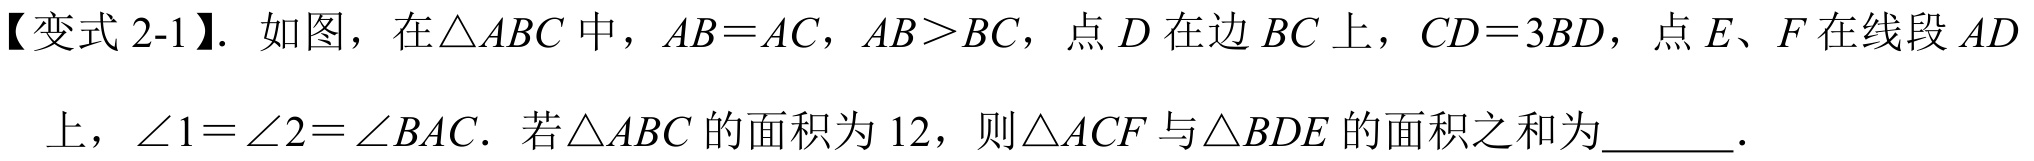
【变式 2-1】. 如图，在$\triangle ABC$中，$AB = AC$，$AB>BC$，点$D$在边$BC$上，$CD = 3BD$，点$E、F$在线段$AD$上，$\angle 1=\angle 2=\angle BAC$. 若$\triangle ABC$的面积为$12$，则$\triangle ACF$与$\triangle BDE$的面积之和为  .